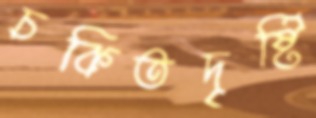
চকিতদৃষ্টি